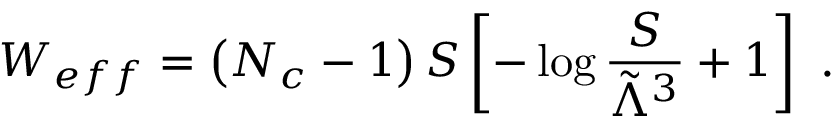
W _ { e f f } = \left( N _ { c } - 1 \right) S \left[ - \log { \frac { S } { \tilde { \Lambda } ^ { 3 } } } + 1 \right] ~ .